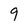
Character: 9